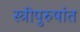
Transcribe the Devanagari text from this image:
स्त्रीपुरुषांत